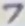
Text: 7